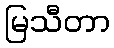
မြသီတာ